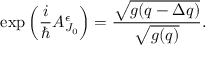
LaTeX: \exp \left( \frac { i } { \hbar } { \cal A } _ { J _ { 0 } } ^ { \epsilon } \right) = \frac { \sqrt { g ( q - \Delta q ) } } { \sqrt { g ( q ) } } .